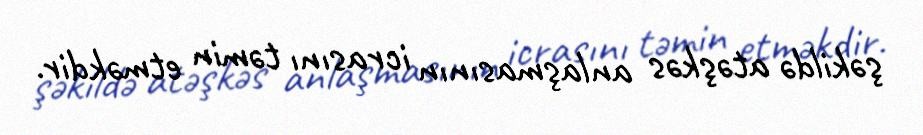
şəkildə atəşkəs anlaşmasının icrasını təmin etməkdir.